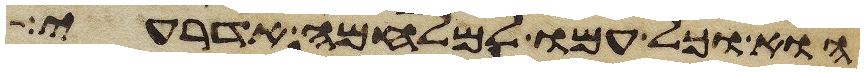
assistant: הוא וכל עמו למלחמה אדרעי